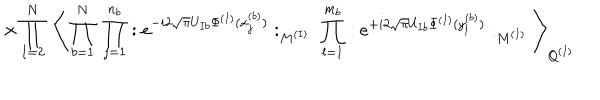
LaTeX: \times \prod _ { I = 2 } ^ { N } \; \Bigg \langle \prod _ { b = 1 } ^ { N } \; \prod _ { j = 1 } ^ { n _ { b } } : e ^ { - i 2 \sqrt { \pi } U _ { I b } \Phi ^ { ( I ) } ( x _ { j } ^ { ( b ) } ) } : _ { M ^ { ( I ) } } \; \prod _ { l = 1 } ^ { m _ { b } } : e ^ { + i 2 \sqrt { \pi } U _ { I b } \Phi ^ { ( I ) } ( y _ { l } ^ { ( b ) } ) } : _ { M ^ { ( I ) } } \Bigg \rangle _ { Q ^ { ( I ) } }